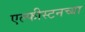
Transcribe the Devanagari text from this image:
एल्फीस्टनच्या